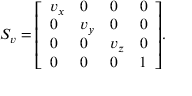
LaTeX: S _ { v } = { \left[ \begin{array} { l l l l } { v _ { x } } & { 0 } & { 0 } & { 0 } \\ { 0 } & { v _ { y } } & { 0 } & { 0 } \\ { 0 } & { 0 } & { v _ { z } } & { 0 } \\ { 0 } & { 0 } & { 0 } & { 1 } \end{array} \right] } .